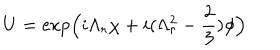
U = \exp \Bigl ( i \Lambda _ { r } \chi + i ( \Lambda _ { r } ^ { 2 } - \frac { 2 } { 3 } ) \phi \Bigr ) \